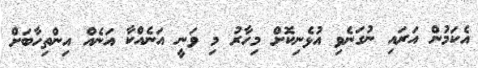
އެކަމުން އަރައި ނުގަނެވި އުޅެނިކޮށް މިހާރު މި ވަނީ އަނެއްކާ އަނެއް އިންތިހާބަށް